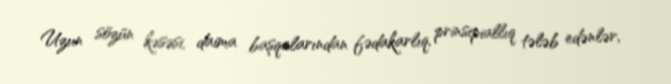
Uzun sözün kəsəsi, daima başqalarından fədakarlıq, prinsipiallıq tələb edənlər,